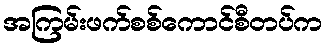
အကြမ်းဖက်စစ်ကောင်စီတပ်က